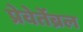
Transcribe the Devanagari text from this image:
प्रेवेर्तेब्रल